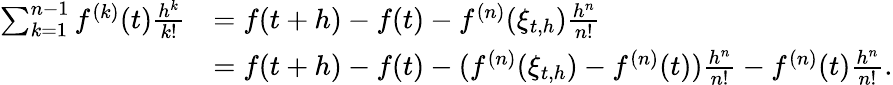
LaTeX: \begin{array}{rl}{\sum_{k=1}^{n-1}f^{(k)}(t)\frac{h^{k}}{k!}}&{=f(t+h)-f(t)-f^{(n)}(\xi_{t,h})\frac{h^{n}}{n!}}\\ &{=f(t+h)-f(t)-(f^{(n)}(\xi_{t,h})-f^{(n)}(t))\frac{h^{n}}{n!}-f^{(n)}(t)\frac{h^{n}}{n!}.}\end{array}